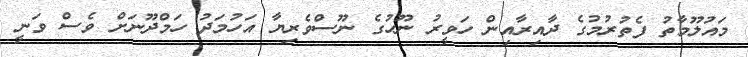
މައުލޫމާތު ފެތުރުމުގެ ދާއިރާއިން ހަވީރު ނޫހުގެ ނޫސްވެރިޔާ އަހުމަދު ހަމްދޫނަށް ވެސް ވަނީ